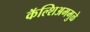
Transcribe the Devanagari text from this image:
कॅल्शिअममुळे